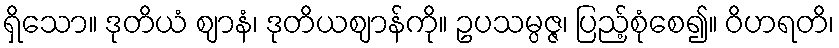
ရှိသော။ ဒုတိယံ ဈာနံ၊ ဒုတိယဈာန်ကို။ ဥပသမ္ပဇ္ဇ၊ ပြည့်စုံစေ၍။ ဝိဟရတိ၊